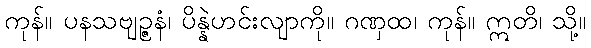
ကုန်။ ပနသဗျဉ္ဇနံ၊ ပိန္နဲဟင်းလျာကို။ ဂဏှထ၊ ကုန်။ ဣတိ၊ သို့။